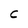
Character: C